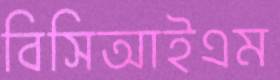
বিসিআইএম